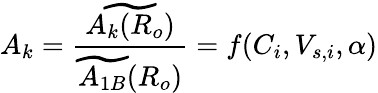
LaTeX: A_{k}=\frac{\widetilde{A_{k}(R_{o})}}{\widetilde{A_{1B}}(R_{o})}=f(C_{i},V_{s,i},\alpha)